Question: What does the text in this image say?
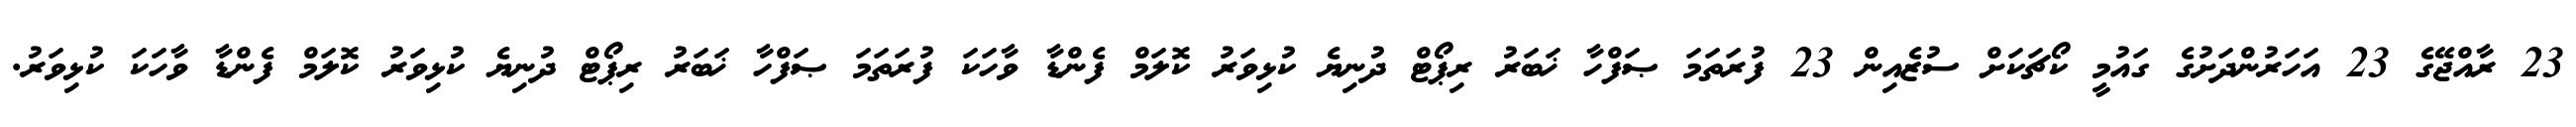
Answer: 23 ރާއްޖޭގެ 23 އަހަރުންދަށުގެ ގައުމީ ކޯޗަކަށް ސުޒެއިން 23 ފުރަތަމަ ޞަފްހާ ޚަބަރު ރިޕޯޓް ދުނިޔެ ކުޅިވަރު ކޮލަމް ފެންޑާ ވާހަކަ ފުރަތަމަ ޞަފްހާ ޚަބަރު ރިޕޯޓް ދުނިޔެ ކުޅިވަރު ކޮލަމް ފެންޑާ ވާހަކަ ކުޅިވަރު.